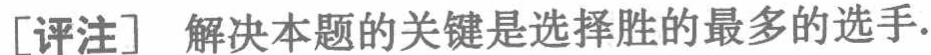
[评注] 解决本题的关键是选择胜的最多的选手.